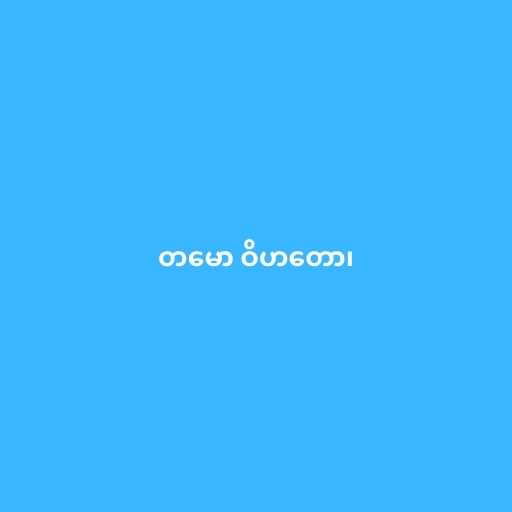
တမော ဝိဟတော၊